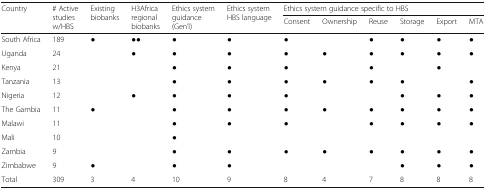
| <ROWSPAN=2> Country | <ROWSPAN=2> # Active studies w/HBS | <ROWSPAN=2> Existing biobanks | <ROWSPAN=2> H3Africa regional biobanks | <ROWSPAN=2> Ethics system guidance (Gen’l) | <ROWSPAN=2> Ethics system HBS language | <COLSPAN=6> Ethics system guidance specific to HBS |
 | Consent | Ownership | Reuse | Storage | Export | MTA |
 | --- | --- | --- | --- | --- | --- | --- | --- | --- | --- | --- | --- |
 | South Africa | 189 | ● | ●● | ● | ● | ● |  | ● | ● | ● | ● |
 | Uganda | 24 |  | ● | ● | ● | ● | ● | ● | ● | ● | ● |
 | Kenya | 21 |  |  | ● | ● | ● |  | ● |  | ● |  |
 | Tanzania | 13 |  |  | ● | ● | ● | ● | ● | ● |  | ● |
 | Nigeria | 12 |  | ● | ● | ● | ● |  |  | ● | ● | ● |
 | The Gambia | 11 | ● |  | ● | ● | ● | ● | ● | ● | ● | ● |
 | Malawi | 11 |  |  | ● | ● | ● |  | ● | ● | ● | ● |
 | Mali | 10 |  |  | ● |  |  |  |  |  |  |  |
 | Zambia | 9 |  |  | ● | ● | ● | ● | ● | ● | ● | ● |
 | Zimbabwe | 9 | ● |  | ● | ● |  |  |  | ● | ● | ● |
 | Total | 309 | 3 | 4 | 10 | 9 | 8 | 4 | 7 | 8 | 8 | 8 |